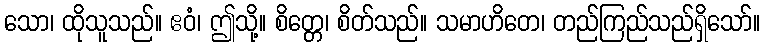
သော၊ ထိုသူသည်။ ဧဝံ၊ ဤသို့။ စိတ္တေ၊ စိတ်သည်။ သမာဟိတေ၊ တည်ကြည်သည်ရှိသော်။